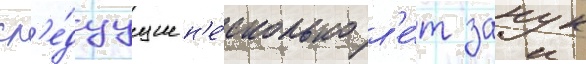
сл'е́дуущие н'е́сколько л'е́т занук